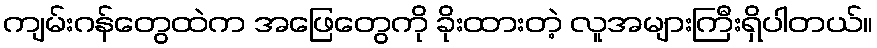
ကျမ်းဂန်တွေထဲက အဖြေတွေကို ခိုးထားတဲ့ လူအများကြီးရှိပါတယ်။